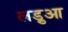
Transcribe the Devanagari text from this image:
लड़ुआ